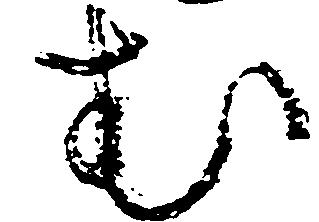
む